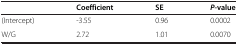
<table><thead><tr><td></td><td><b>Coefficient</b></td><td><b>SE</b></td><td><b><i>P</i>-value</b></td></tr></thead><tbody><tr><td>(Intercept)</td><td>-3.55</td><td>0.96</td><td>0.0002</td></tr><tr><td>W/G</td><td>2.72</td><td>1.01</td><td>0.0070</td></tr></tbody></table>